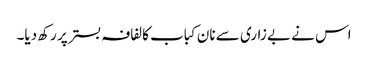
اس نے بے زاری سے نان کباب کا لفافہ بستر پر رکھ دیا۔